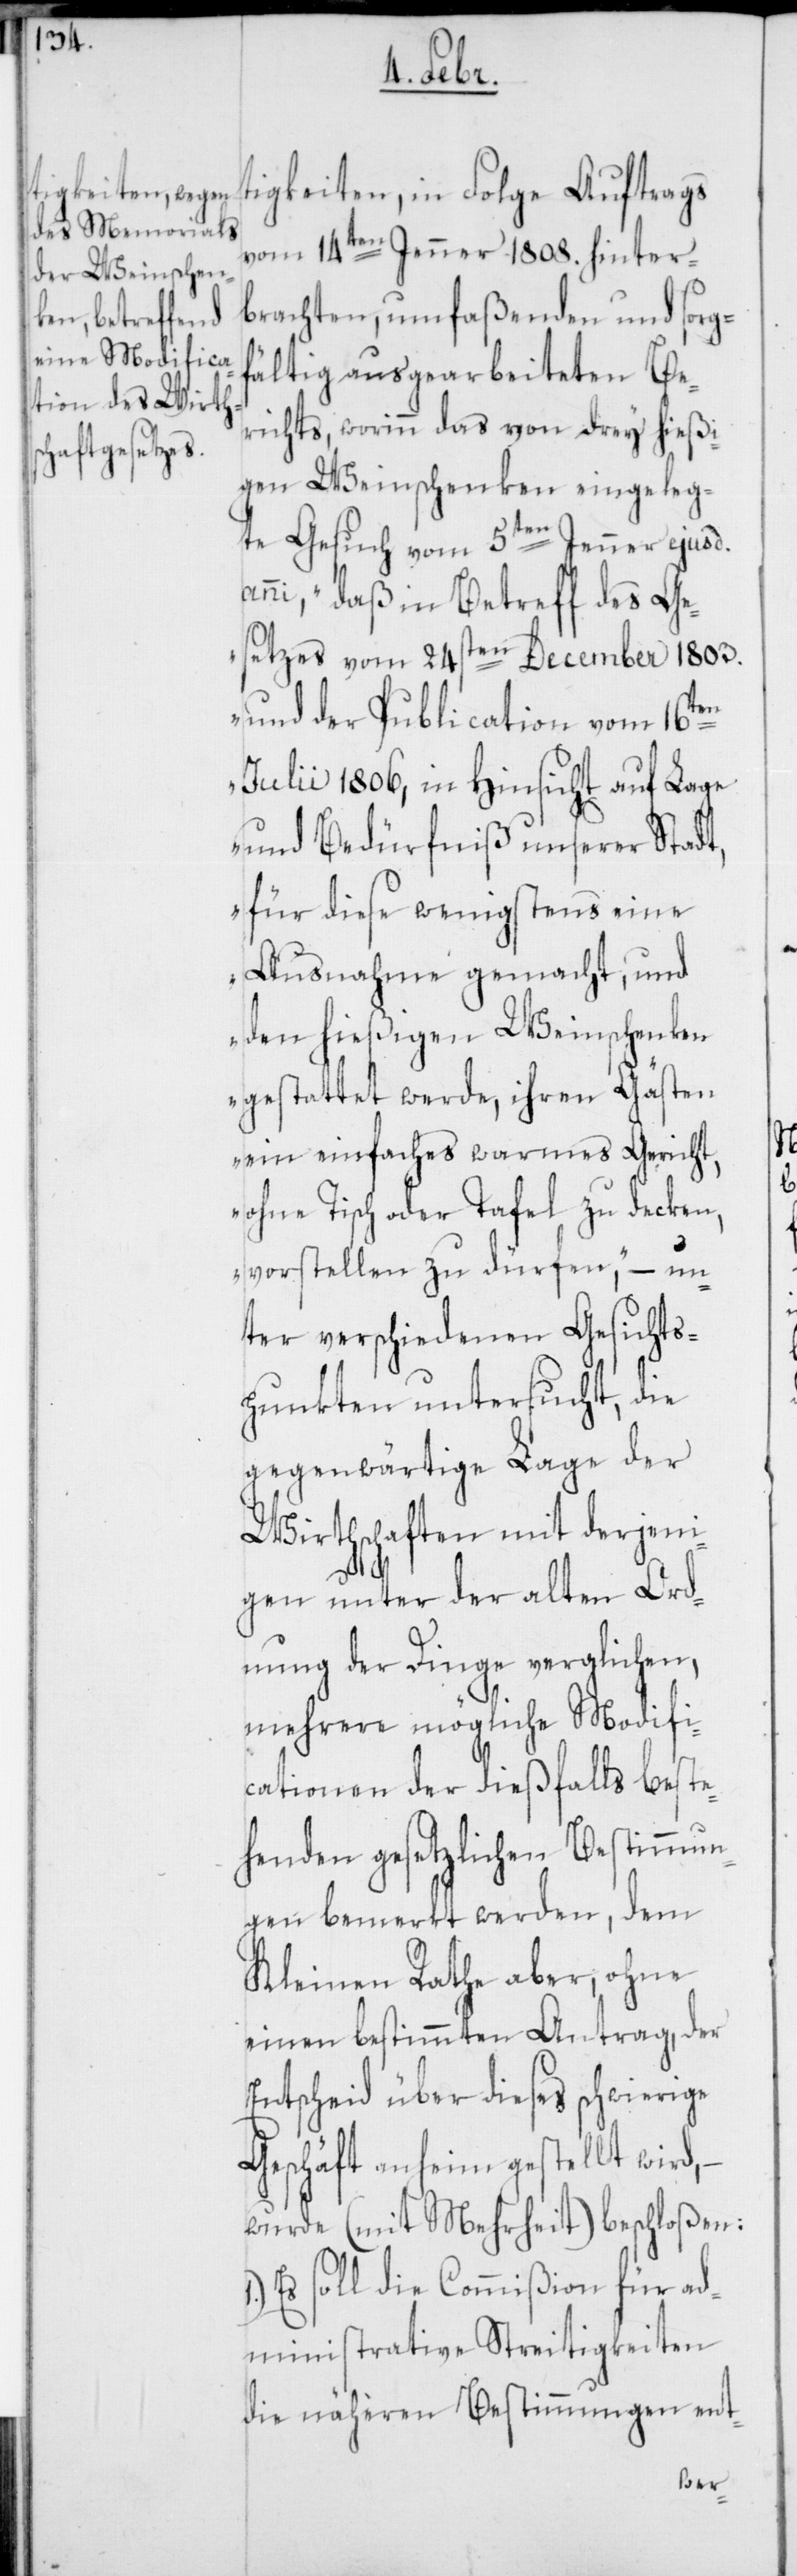
tigkeiten, in Folge Auftrags
vom 14ten Jenner 1808. hinter¬
brachten, umfaßenden und sorgf¬
ältig ausgearbeiteten Be¬
richts, worinn das von drey hießi¬
gen Weinschenken eingeleg¬
te Gesuch vom 5ten Jenner ejusd.
anni, „daß in Betreff des Ge¬
setzes vom 24sten December 1803.
und der Publication vom 16ten
Julii 1806, in Hinsicht auf Lage
und Bedürfniß unserer Stadt,
für diese wenigstens eine
Ausnahme gemacht, und
den hießigen Weinschenken
gestattet werde, ihren Gästen
ein einfaches warmes Gericht,
ohne Tisch oder Tafel zu decken,
vorstellen zu dürfen,“ – un¬
ter verschiedenen Gesichts¬
punkten untersucht, die
gegenwärtige Lage der
Wirthschaften mit derjeni¬
gen unter der alten Ord¬
nung der Dinge verglichen,
mehrere mögliche Modifi¬
cationen der dießfalls beste¬
henden gesetzlichen Bestimmun¬
gen bemerkt werden, dem
Kleinen Rathe aber, ohne
einen bestimmten Antrag, der
Entscheid über dieses schwierige
Geschäft anheim gestellt wird,
wurde (mit Mehrheit) beschloßen:
Es soll die Commißion für ad¬
ministrative Streitigkeiten
die näheren Bestimmungen ent-